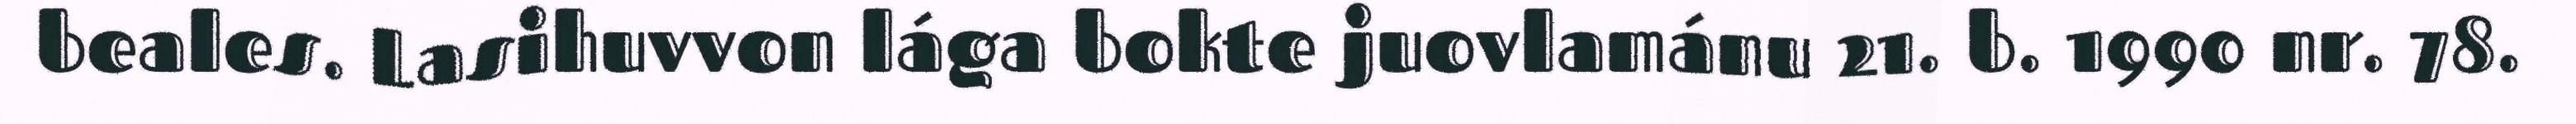
beales. Lasihuvvon lága bokte juovlamánu 21. b. 1990 nr. 78.